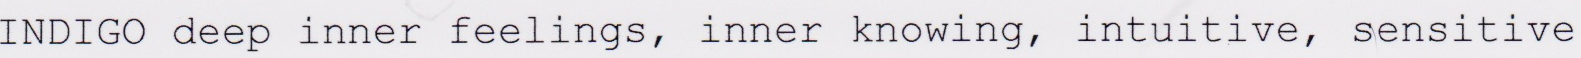
INDIGO deep inner feelings, inner knowing, intuitive, sensitive